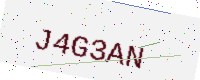
Text: J4G3AN